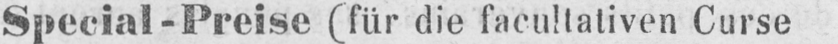
Special-Preise (für die facultativen Curse